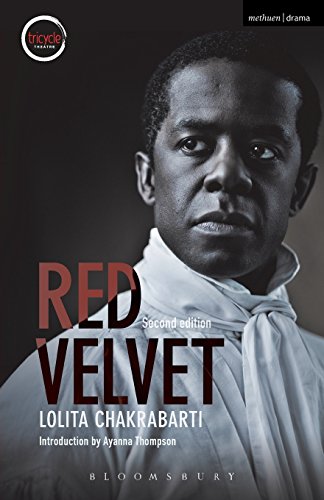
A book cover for Red Velvet: 2nd edition (Modern Plays); Lolita Chakrabarti; Literature & Fiction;